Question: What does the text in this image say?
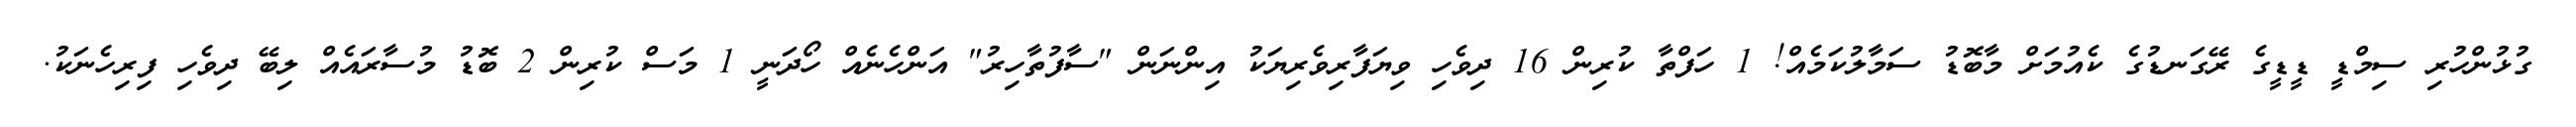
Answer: ގުޅުންހުރި ސިމްޑީ ޑީޑީގެ ރޭގަނޑުގެ ކެއުމަށް މާބޮޑު ސަމާލުކަމެއް! 1 ހަފްތާ ކުރިން 16 ދިވެހި ވިޔަފާރިވެރިޔަކު އިންނަން "ސާފުތާހިރު" އަންހެނެއް ހޯދަނީ 1 މަސް ކުރިން 2 ބޮޑު މުސާރައެއް ލިބޭ ދިވެހި ފިރިހެނަކު.